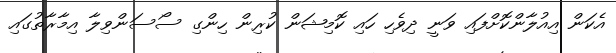
އެކަން އިއުލާންކޮށްފައި ވަނީ ދިވެހި ހައި ކޮމިޝަން ކުރިން ހިންގި ސޯސަންވިލާ އިމާރާތުގައި